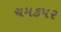
ચમકપર